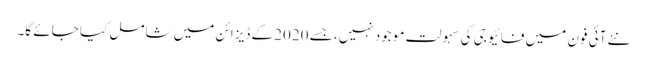
نئے آئی فون میں فائیو جی کی سہولت موجود نہیں، جسے 2020 کے ڈیزائن میں شامل کیا جائے گا۔